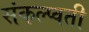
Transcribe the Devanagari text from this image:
संकल्प्वती